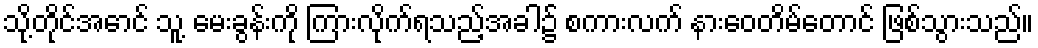
သို့တိုင်အောင် သူ့ မေးခွန်းကို ကြားလိုက်ရသည့်အခါ၌ စကားလက် နားဝေတိမ်တောင် ဖြစ်သွားသည်။